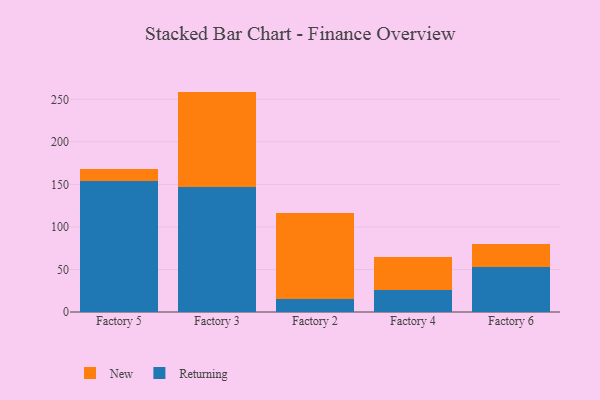
{"axis": {"x": "Factory", "y": "Net Income (USD K)"}, "legend": ["New", "Returning"], "data": [{"x": "Factory 5", "y": 154.1, "type": "Returning"}, {"x": "Factory 5", "y": 13.7, "type": "New"}, {"x": "Factory 3", "y": 147.3, "type": "Returning"}, {"x": "Factory 3", "y": 111.8, "type": "New"}, {"x": "Factory 2", "y": 14.9, "type": "Returning"}, {"x": "Factory 2", "y": 101.0, "type": "New"}, {"x": "Factory 4", "y": 25.9, "type": "Returning"}, {"x": "Factory 4", "y": 39.2, "type": "New"}, {"x": "Factory 6", "y": 52.4, "type": "Returning"}, {"x": "Factory 6", "y": 27.2, "type": "New"}]}